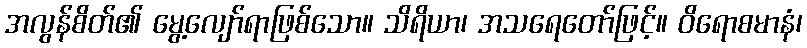
အလွန်စိတ်၏ မွေ့လျော်ရာဖြစ်သော။ သိရိယာ၊ အသရေတော်ဖြင့်။ ဝိရောစမာနံ၊